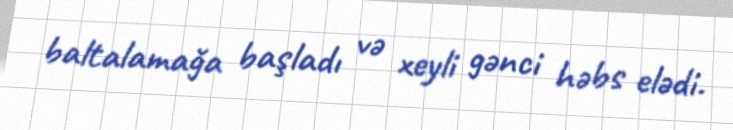
baltalamağa başladı və xeyli gənci həbs elədi.